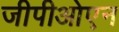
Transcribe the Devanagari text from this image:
जीपीओएन